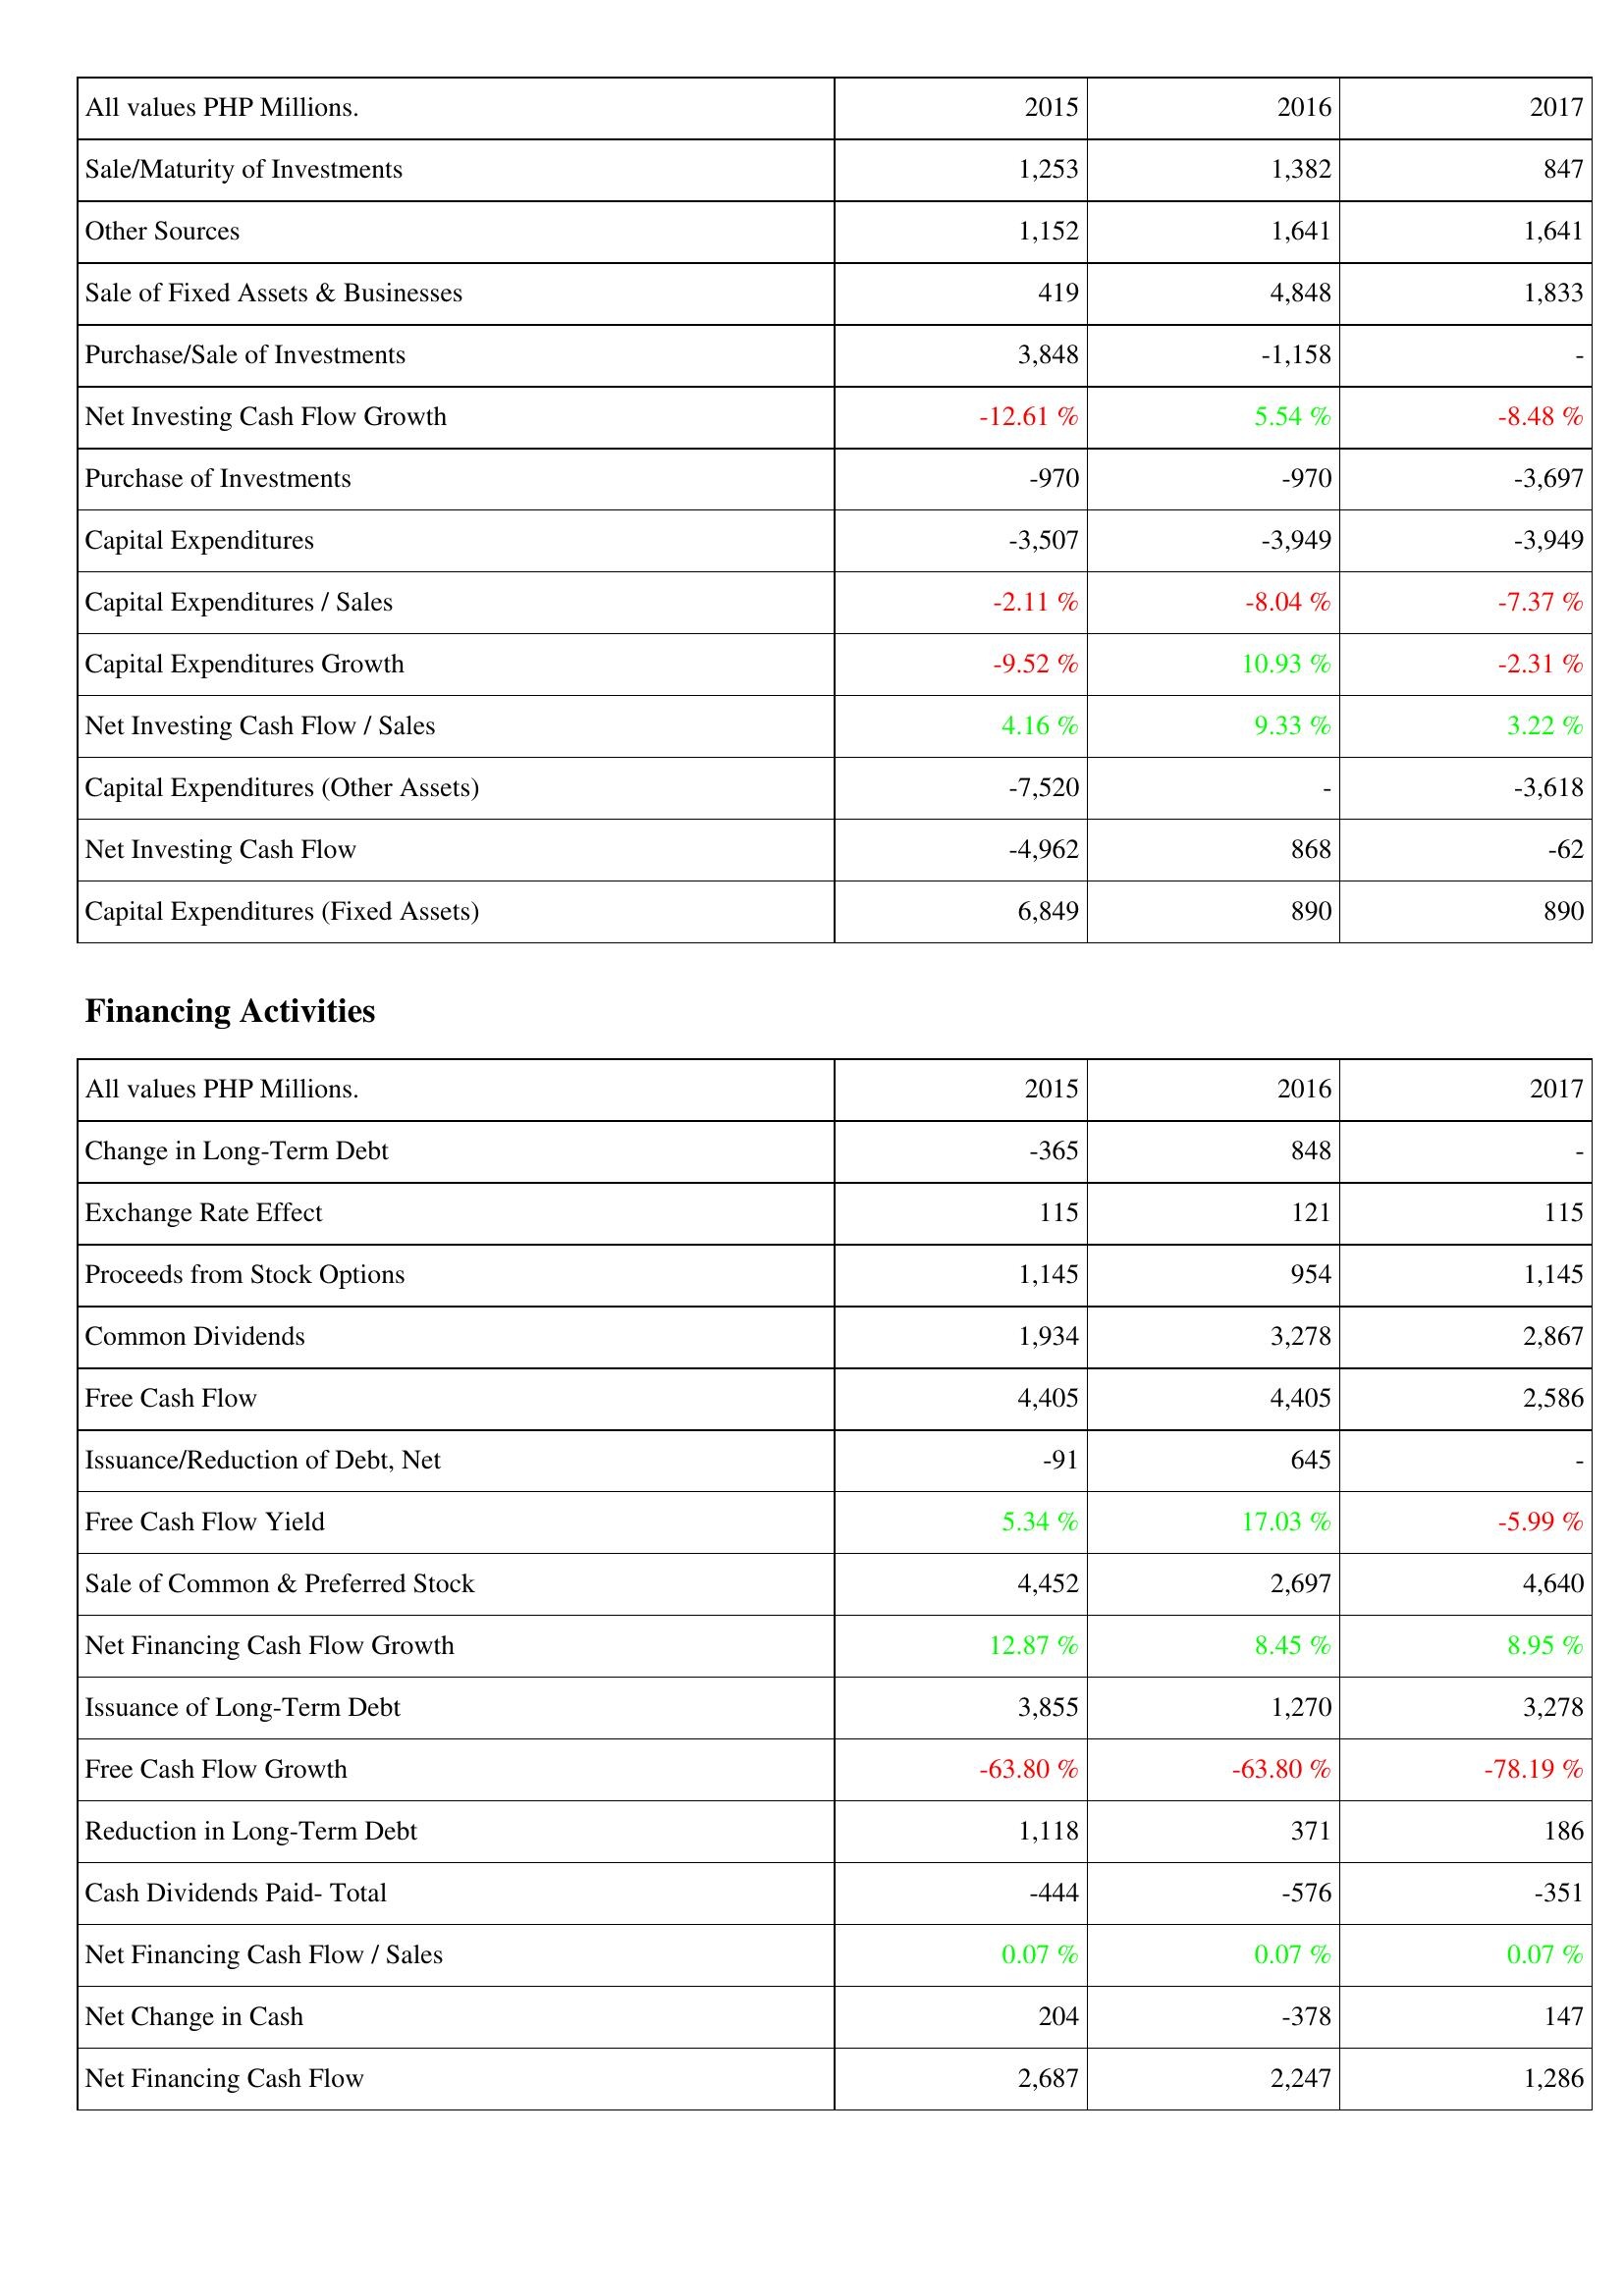
2015: Investing Activities: Sale/Maturity of Investments: 1,253
Other Sources: 1,152
Sale of Fixed Assets & Businesses: 419
Purchase/Sale of Investments: 3,848
Net Investing Cash Flow Growth: -12.61 %
Purchase of Investments: -970
Capital Expenditures: -3,507
Capital Expenditures / Sales: -2.11 %
Capital Expenditures Growth: -9.52 %
Net Investing Cash Flow / Sales: 4.16 %
Capital Expenditures (Other Assets): -7,520
Net Investing Cash Flow: -4,962
Capital Expenditures (Fixed Assets): 6,849
Financing Activities: Change in Long-Term Debt: -365
Exchange Rate Effect: 115
Proceeds from Stock Options: 1,145
Common Dividends: 1,934
Free Cash Flow: 4,405
Issuance/Reduction of Debt, Net: -91
Free Cash Flow Yield: 5.34 %
Sale of Common & Preferred Stock: 4,452
Net Financing Cash Flow Growth: 12.87 %
Issuance of Long-Term Debt: 3,855
Free Cash Flow Growth: -63.80 %
Reduction in Long-Term Debt: 1,118
Cash Dividends Paid- Total: -444
Net Financing Cash Flow / Sales: 0.07 %
Net Change in Cash: 204
Net Financing Cash Flow: 2,687
2016: Investing Activities: Sale/Maturity of Investments: 1,382
Other Sources: 1,641
Sale of Fixed Assets & Businesses: 4,848
Purchase/Sale of Investments: -1,158
Net Investing Cash Flow Growth: 5.54 %
Purchase of Investments: -970
Capital Expenditures: -3,949
Capital Expenditures / Sales: -8.04 %
Capital Expenditures Growth: 10.93 %
Net Investing Cash Flow / Sales: 9.33 %
Capital Expenditures (Other Assets): -
Net Investing Cash Flow: 868
Capital Expenditures (Fixed Assets): 890
Financing Activities: Change in Long-Term Debt: 848
Exchange Rate Effect: 121
Proceeds from Stock Options: 954
Common Dividends: 3,278
Free Cash Flow: 4,405
Issuance/Reduction of Debt, Net: 645
Free Cash Flow Yield: 17.03 %
Sale of Common & Preferred Stock: 2,697
Net Financing Cash Flow Growth: 8.45 %
Issuance of Long-Term Debt: 1,270
Free Cash Flow Growth: -63.80 %
Reduction in Long-Term Debt: 371
Cash Dividends Paid- Total: -576
Net Financing Cash Flow / Sales: 0.07 %
Net Change in Cash: -378
Net Financing Cash Flow: 2,247
2017: Investing Activities: Sale/Maturity of Investments: 847
Other Sources: 1,641
Sale of Fixed Assets & Businesses: 1,833
Purchase/Sale of Investments: -
Net Investing Cash Flow Growth: -8.48 %
Purchase of Investments: -3,697
Capital Expenditures: -3,949
Capital Expenditures / Sales: -7.37 %
Capital Expenditures Growth: -2.31 %
Net Investing Cash Flow / Sales: 3.22 %
Capital Expenditures (Other Assets): -3,618
Net Investing Cash Flow: -62
Capital Expenditures (Fixed Assets): 890
Financing Activities: Change in Long-Term Debt: -
Exchange Rate Effect: 115
Proceeds from Stock Options: 1,145
Common Dividends: 2,867
Free Cash Flow: 2,586
Issuance/Reduction of Debt, Net: -
Free Cash Flow Yield: -5.99 %
Sale of Common & Preferred Stock: 4,640
Net Financing Cash Flow Growth: 8.95 %
Issuance of Long-Term Debt: 3,278
Free Cash Flow Growth: -78.19 %
Reduction in Long-Term Debt: 186
Cash Dividends Paid- Total: -351
Net Financing Cash Flow / Sales: 0.07 %
Net Change in Cash: 147
Net Financing Cash Flow: 1,286